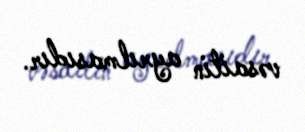
vəsaitin ayrılmasıdır.